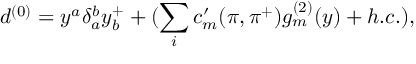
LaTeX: d ^ { ( 0 ) } = y ^ { a } \delta _ { a } ^ { b } y _ { b } ^ { + } + ( \sum _ { i } c _ { m } ^ { \prime } ( \pi , \pi ^ { + } ) g _ { m } ^ { ( 2 ) } ( y ) + h . c . ) ,